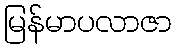
မြန်မာပလာဇာ